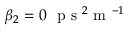
\beta _ { 2 } = 0 ~ \mathrm { ~ p ~ s ~ } ^ { 2 } \mathrm { ~ m ~ } ^ { - 1 }